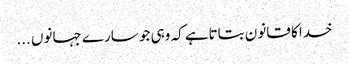
خدا کا قانون بتاتاہے کہ وہی جو سارے جہانوں ...